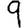
Digit: 9